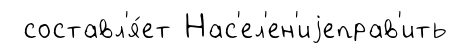
составл'я́ет Нас'ел'ен'иjеправ'ить